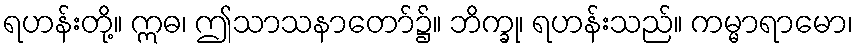
ရဟန်းတို့။ ဣဓ၊ ဤသာသနာတော်၌။ ဘိက္ခု၊ ရဟန်းသည်။ ကမ္မာရာမော၊